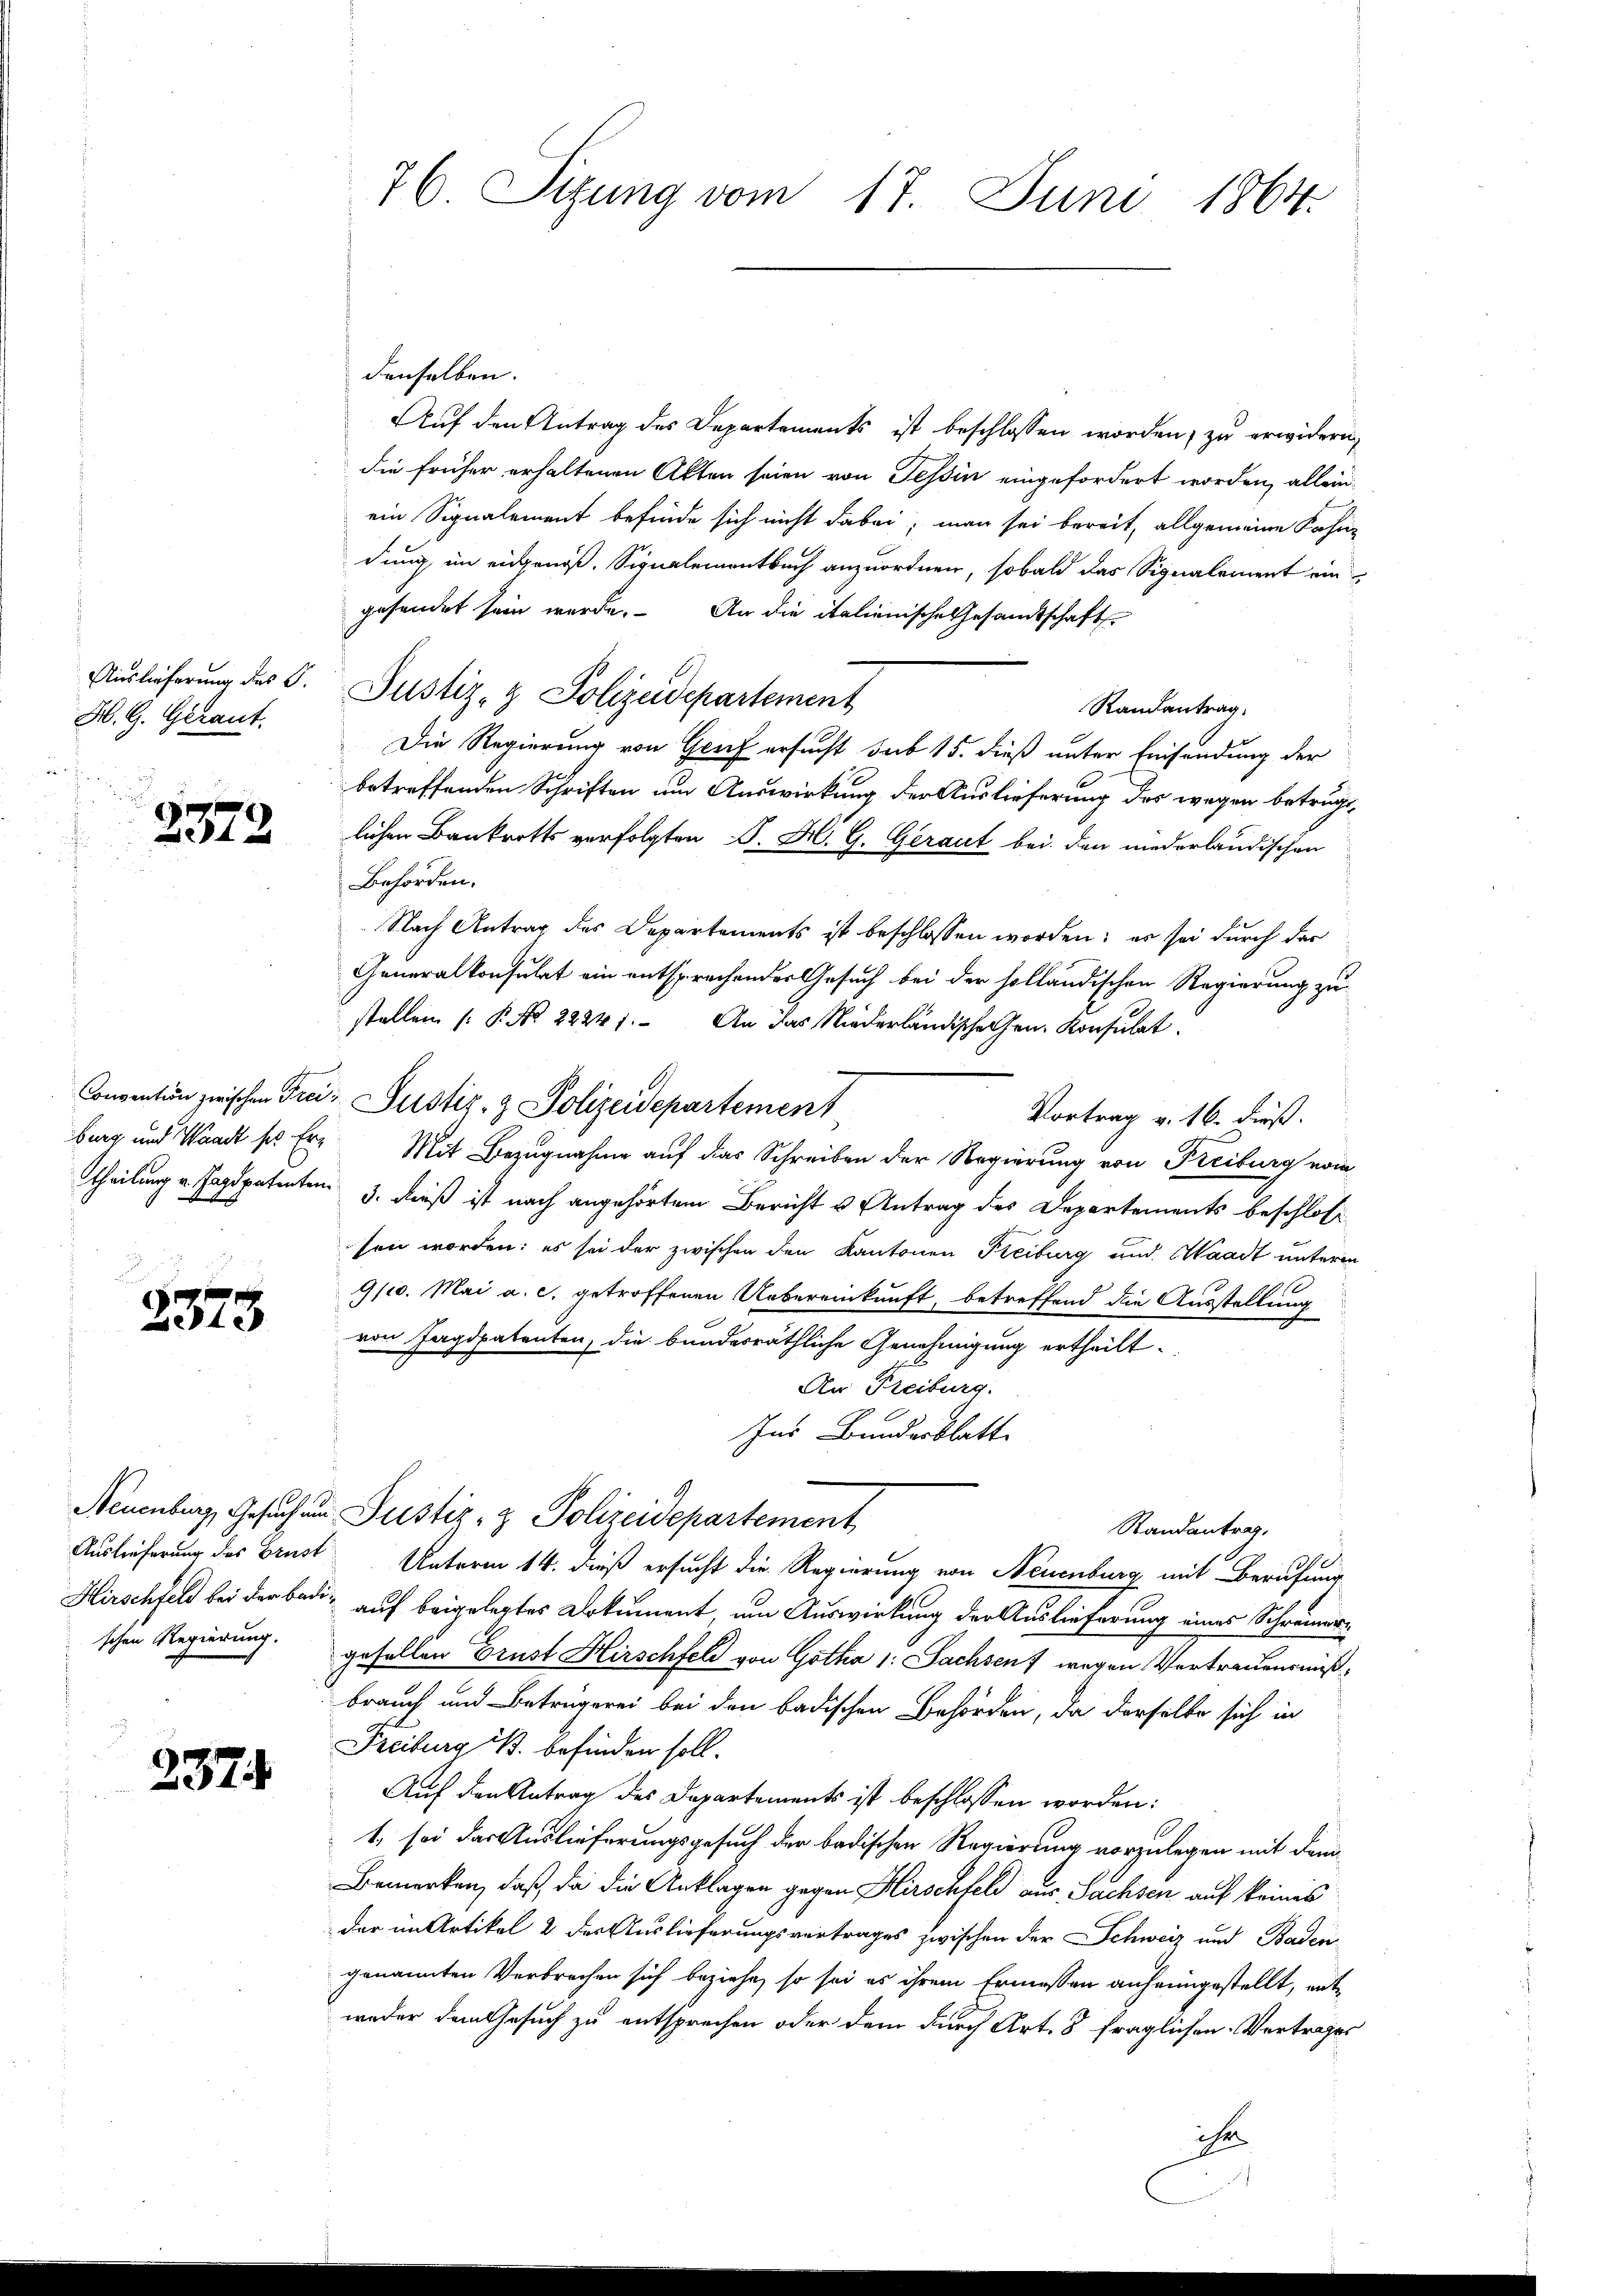
H. G. Gerant.
e

2372

.
2373.

237

denselben.
Auf den Antrag des Departements ist beschlossen worden, zu erwidern,
die früher erhaltenen Akten seien von Tessin eingefordert worden, allein
ein Signalement befinde sich nicht dabei; man sei bereit, allgemeine Kahn-
dung im eidgenoß. Signalementbuch anzuordnen, sobald das Signalement ein
gesendet sein werde. An die italienische Gesandtschaft
Auslieferung des 5. Justiz- & Polizeidepartement
Randantrag
Die Regierung von Genf ersucht sub 15. dieß unter Einsendung der
betreffenden Schriften um Auswirkung der Auslieferung des wegen betrügt,
lichen Bankrotts verfolgten D. H. G. Geraut bei den niederländischen
Behörden.
Nach Antrag des Departements ist beschlossen worden; es sei durch das
Generalkonsulat ein entsprechender Gesuch bei der holländischen Regierung zu
stellen (: P. Nr. 22241. An das Niederländische Gen. Konsulat
Convention zwischen Frei- Justiz- & Polizeidepartement
Vortrag v. 16. dieß.
burg und Waadt ses Er- Mit Bezugnahme auf das Schreiben der Regierung von Freiburg vom
theilung v. Jagdpatenten 3. dieß ist nach angehörtem Bericht u Antrag des Departements beschlos
sen worden: es sei der zwischen den Kantonen Freiburg und Waadt unterm
9/10. Mai a. c. getroffenen Uebereinkunft, betreffend die Ausstellung
von Jagdpatenten, die bunderräthliche Genehmigung ertheilt.
An Freiburg.
Ins Bundesblatt
Neuenburg, Gesuch und Justiz- & Polizeidepartement
Randantrag.
Auslieferung des Brust Unterm 14. dieß ersucht die Regierung von Neuenburg mit Berufung
Hirschfeld bei der Badi, auf beigelegtes Dokument, um Auswirkung der Auslieferung eines Schreiner
schen Regierung. gesellen Grust Hirschfeld von Gotha 1: Sachsen wegen Vertrauensmißbrauch und Betrügerei bei den badischen Behörden, da derselbe sich in
Freiburg B. befinden soll.
Auf den Antrag des Departements ist beschlossen worden:
1. sei das Auslieferungsgesuch der badischen Regierung vorzulegen mit dem
Bemerken, daß, da die Anklagen gegen Hirschfeld aus Sachsen auf keines
der im Artikel 2 des Auslieferungsvertrages zwischen der Schweiz und Baden-
genannten Verbrechen sich beziehe, so sei es ihrem Ermessen anheimgestellt, entweder dem Gesuch zu entsprechen oder dem durch Art. 8 fraglichen Vertrages
ihn

76. Sitzung vom 17. Juni 1864.

f